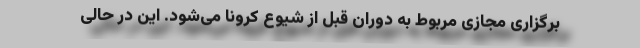
برگزاری مجازی مربوط به دوران قبل از شیوع کرونا می‌شود. این در حالی